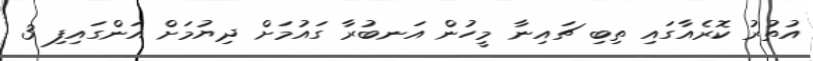
އުތުރު ކޮރެއާގައި ތިބި ޗައިނާ މީހުން އަނބުރާ ގައުމަށް ދިޔުމަށް އަންގައިފި 3